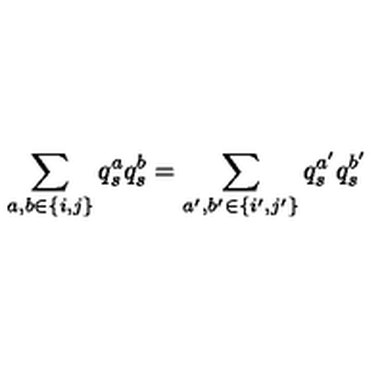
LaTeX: \sum _ { a , b \in \{ i , j \} } q _ { s } ^ { a } q _ { s } ^ { b } = \sum _ { a ^ { \prime } , b ^ { \prime } \in \{ i ^ { \prime } , j ^ { \prime } \} } q _ { s } ^ { a ^ { \prime } } q _ { s } ^ { b ^ { \prime } }